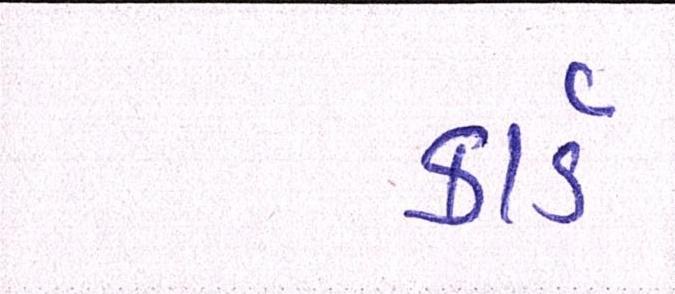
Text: કાર્ડ